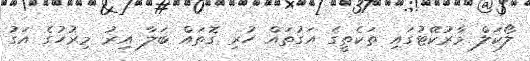
ލޯކަލް މާރުކޭޓުގައި ތަކެތީގެ އަގުތައް ހުރި ގޮތައް ބަލާ އިރު މިރުހުގެ އަގު